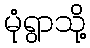
မုံရွာသို့